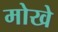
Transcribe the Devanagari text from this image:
मोखे